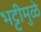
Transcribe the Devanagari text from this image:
भट्टीमुळे